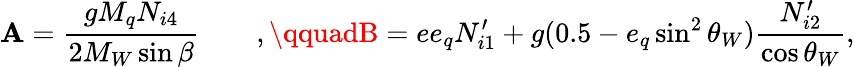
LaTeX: \mathbf{A}=\frac{{gM_{q}N_{i4}}}{{2M_{W}\sin\beta}}\qquad,\qquadB=ee_{q}N_{i1}^{\prime}+g(0.5-e_{q}\sin^{2}\theta_{W})\frac{{N_{i2}^{\prime}}}{{\cos\theta_{W}}},